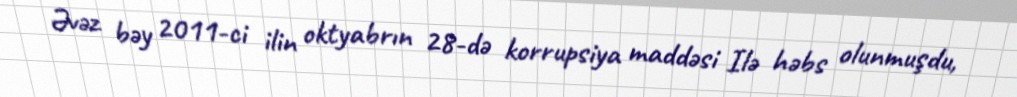
Əvəz bəy 2011-ci ilin oktyabrın 28-də korrupsiya maddəsi Ilə həbs olunmuşdu,